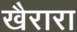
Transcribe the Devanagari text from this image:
खैरारा